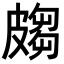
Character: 𭽲